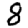
Digit: 8